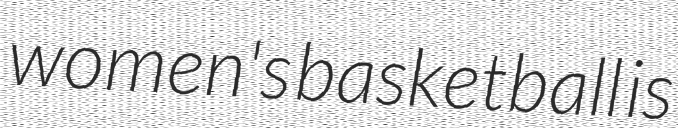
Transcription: women's basketball is